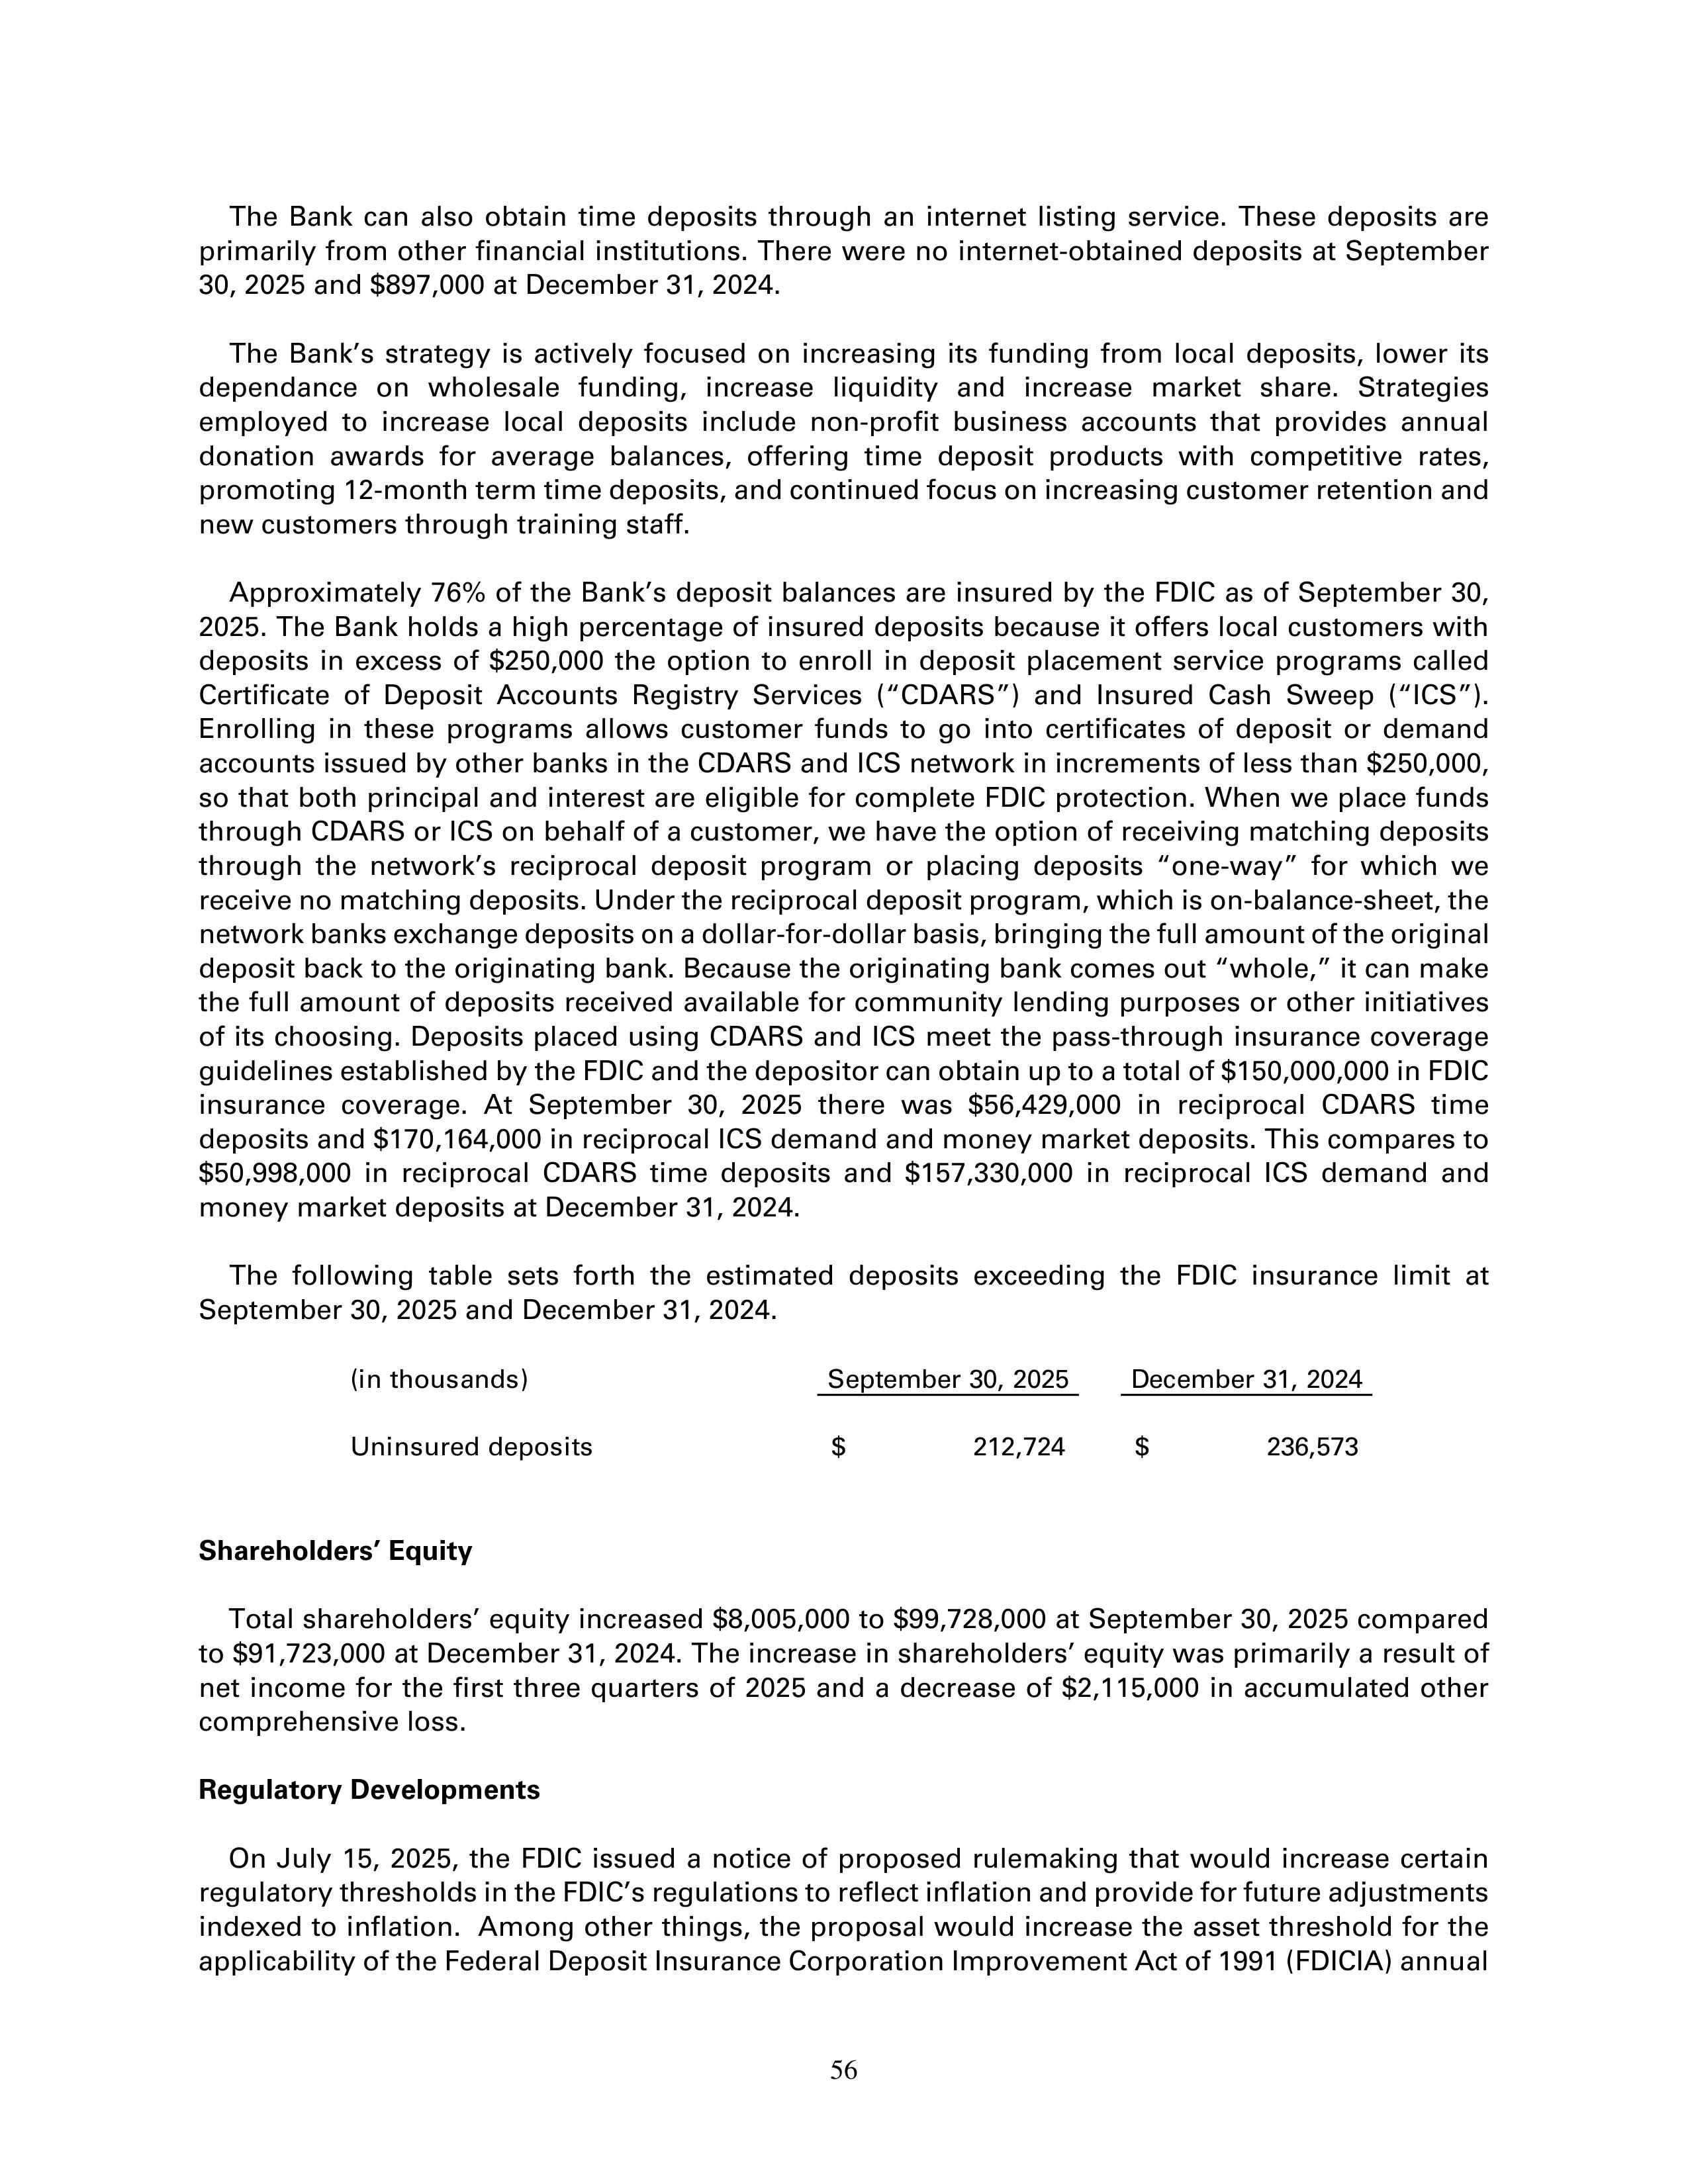
The Bank can also obtain time deposits through an internet listing service. These deposits are
primarily from other financial institutions. There were no internet-obtained deposits at September
30, 2025 and $897,000 at December 31, 2024.

The Bank’s strategy is actively focused on increasing its funding from local deposits, lower its
dependance on wholesale funding, increase liquidity and increase market share. Strategies
employed to increase local deposits include non-profit business accounts that provides annual
donation awards for average balances, offering time deposit products with competitive rates,
promoting 12-month term time deposits, and continued focus on increasing customer retention and
new customers through training staff.

Approximately 76% of the Bank’s deposit balances are insured by the FDIC as of September 30,
2025. The Bank holds a high percentage of insured deposits because it offers local customers with
deposits in excess of $250,000 the option to enroll in deposit placement service programs called
Certificate of Deposit Accounts Registry Services (“CDARS”) and Insured Cash Sweep (“ICS”).
Enrolling in these programs allows customer funds to go into certificates of deposit or demand
accounts issued by other banks in the CDARS and ICS network in increments of less than $250,000,
so that both principal and interest are eligible for complete FDIC protection. When we place funds
through CDARS or ICS on behalf of a customer, we have the option of receiving matching deposits
through the network’s reciprocal deposit program or placing deposits “one-way” for which we
receive no matching deposits. Under the reciprocal deposit program, which is on-balance-sheet, the
network banks exchange deposits on a dollar-for-dollar basis, bringing the full amount of the original
deposit back to the originating bank. Because the originating bank comes out “whole,” it can make
the full amount of deposits received available for community lending purposes or other initiatives
of its choosing. Deposits placed using CDARS and ICS meet the pass-through insurance coverage
guidelines established by the FDIC and the depositor can obtain up to a total of $150,000,000 in FDIC
insurance coverage. At September 30, 2025 there was $56,429,000 in reciprocal CDARS time
deposits and $170,164,000 in reciprocal ICS demand and money market deposits. This compares to
$50,998,000 in reciprocal CDARS time deposits and $157,330,000 in reciprocal ICS demand and
money market deposits at December 31, 2024.

The following table sets forth the estimated deposits exceeding the FDIC insurance limit at
September 30, 2025 and December 31, 2024.

(in thousands)                                   September 30, 2025         December 31, 2024

Uninsured deposits                               $         212,724          $         236,573

Shareholders’ Equity

Total shareholders’ equity increased $8,005,000 to $99,728,000 at September 30, 2025 compared
to $91,723,000 at December 31, 2024. The increase in shareholders’ equity was primarily a result of
net income for the first three quarters of 2025 and a decrease of $2,115,000 in accumulated other
comprehensive loss.

Regulatory Developments

On July 15, 2025, the FDIC issued a notice of proposed rulemaking that would increase certain
regulatory thresholds in the FDIC’s regulations to reflect inflation and provide for future adjustments
indexed to inflation. Among other things, the proposal would increase the asset threshold for the
applicability of the Federal Deposit Insurance Corporation Improvement Act of 1991 (FDICIA) annual

56